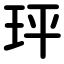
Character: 玶